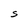
Character: S